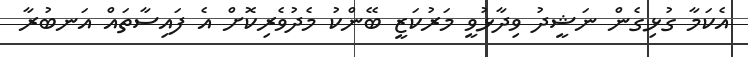
އެކަމާ ގުޅިގެން ނަޝީދު ވިދާޅުވީ މަރުކަޒީ ބޭންކު މެދުވެރިކޮށް އެ ފައިސާތައް އަނބުރާ